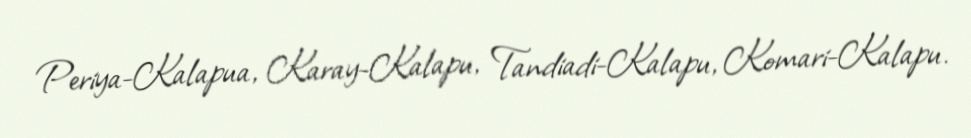
Periya-Kalapua, Karay-Kalapu, Tandiadi-Kalapu, Komari-Kalapu.